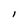
Character: l